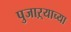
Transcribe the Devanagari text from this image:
पुजाऱ्याच्या